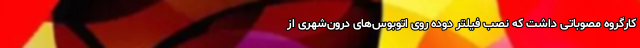
کارگروه مصوباتی داشت که نصب فیلتر دوده روی اتوبوس‌های درون‌شهری از